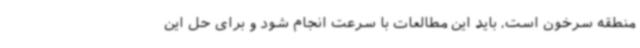
منطقه سرخون است، باید این مطالعات با سرعت انجام شود و برای حل این